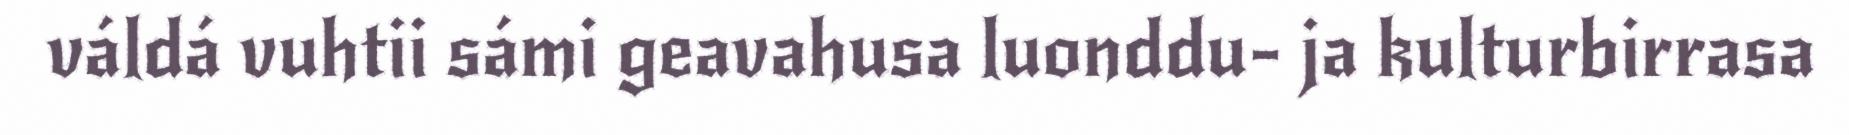
váldá vuhtii sámi geavahusa luonddu- ja kulturbirrasa